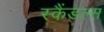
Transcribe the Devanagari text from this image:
स्‍कैंडल्‍स